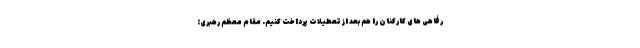
رفاهی های کارکنان را هم بعد از تعطیلات پرداخت کنیم. مقام معظم رهبری: